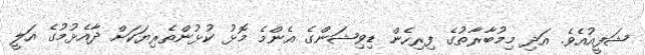
ޝަފީއުއެވެ. އަދި މިމުބާރާތުގެ ފިރިހެން ޑިވިޝަންގެ އެންމެ މޮޅު ކުޅުންތެރިޔަކަށް ދާއެޅުމުގެ އަލީ